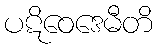
ပဋိဝေဒေမီတိ